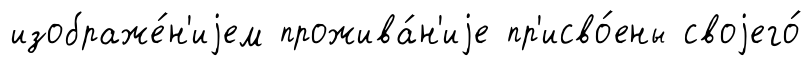
изображе́н'иjем прожива́н'иjе пр'исво́ены своjего́